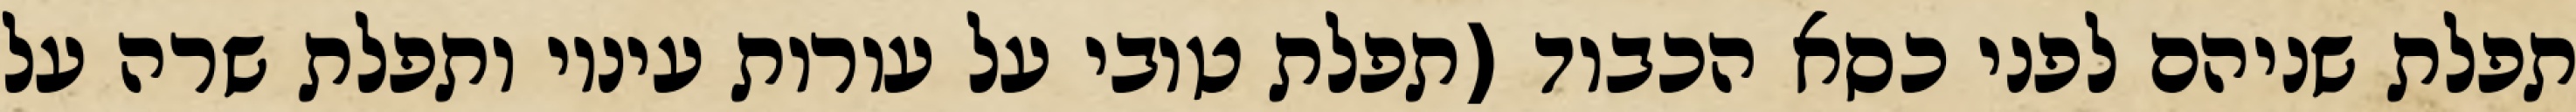
תפלת שניהם לפני כסא הכבוד (תפלת טובי על עורות עיניו ותפלת שרה על